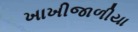
ખાખીજાળીયા